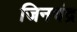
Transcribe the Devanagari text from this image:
जिनचंद्र